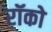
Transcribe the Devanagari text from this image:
रॉको